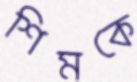
শিমকে